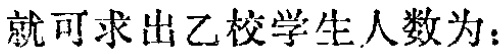
就可求出乙校学生人数为：